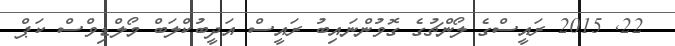
22